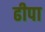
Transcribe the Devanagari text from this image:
ढीपा